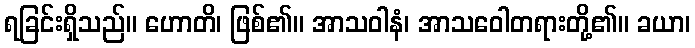
ရခြင်းရှိသည်။ ဟောတိ၊ ဖြစ်၏။ အာသဝါနံ၊ အာသဝေါတရားတို့၏။ ခယာ၊